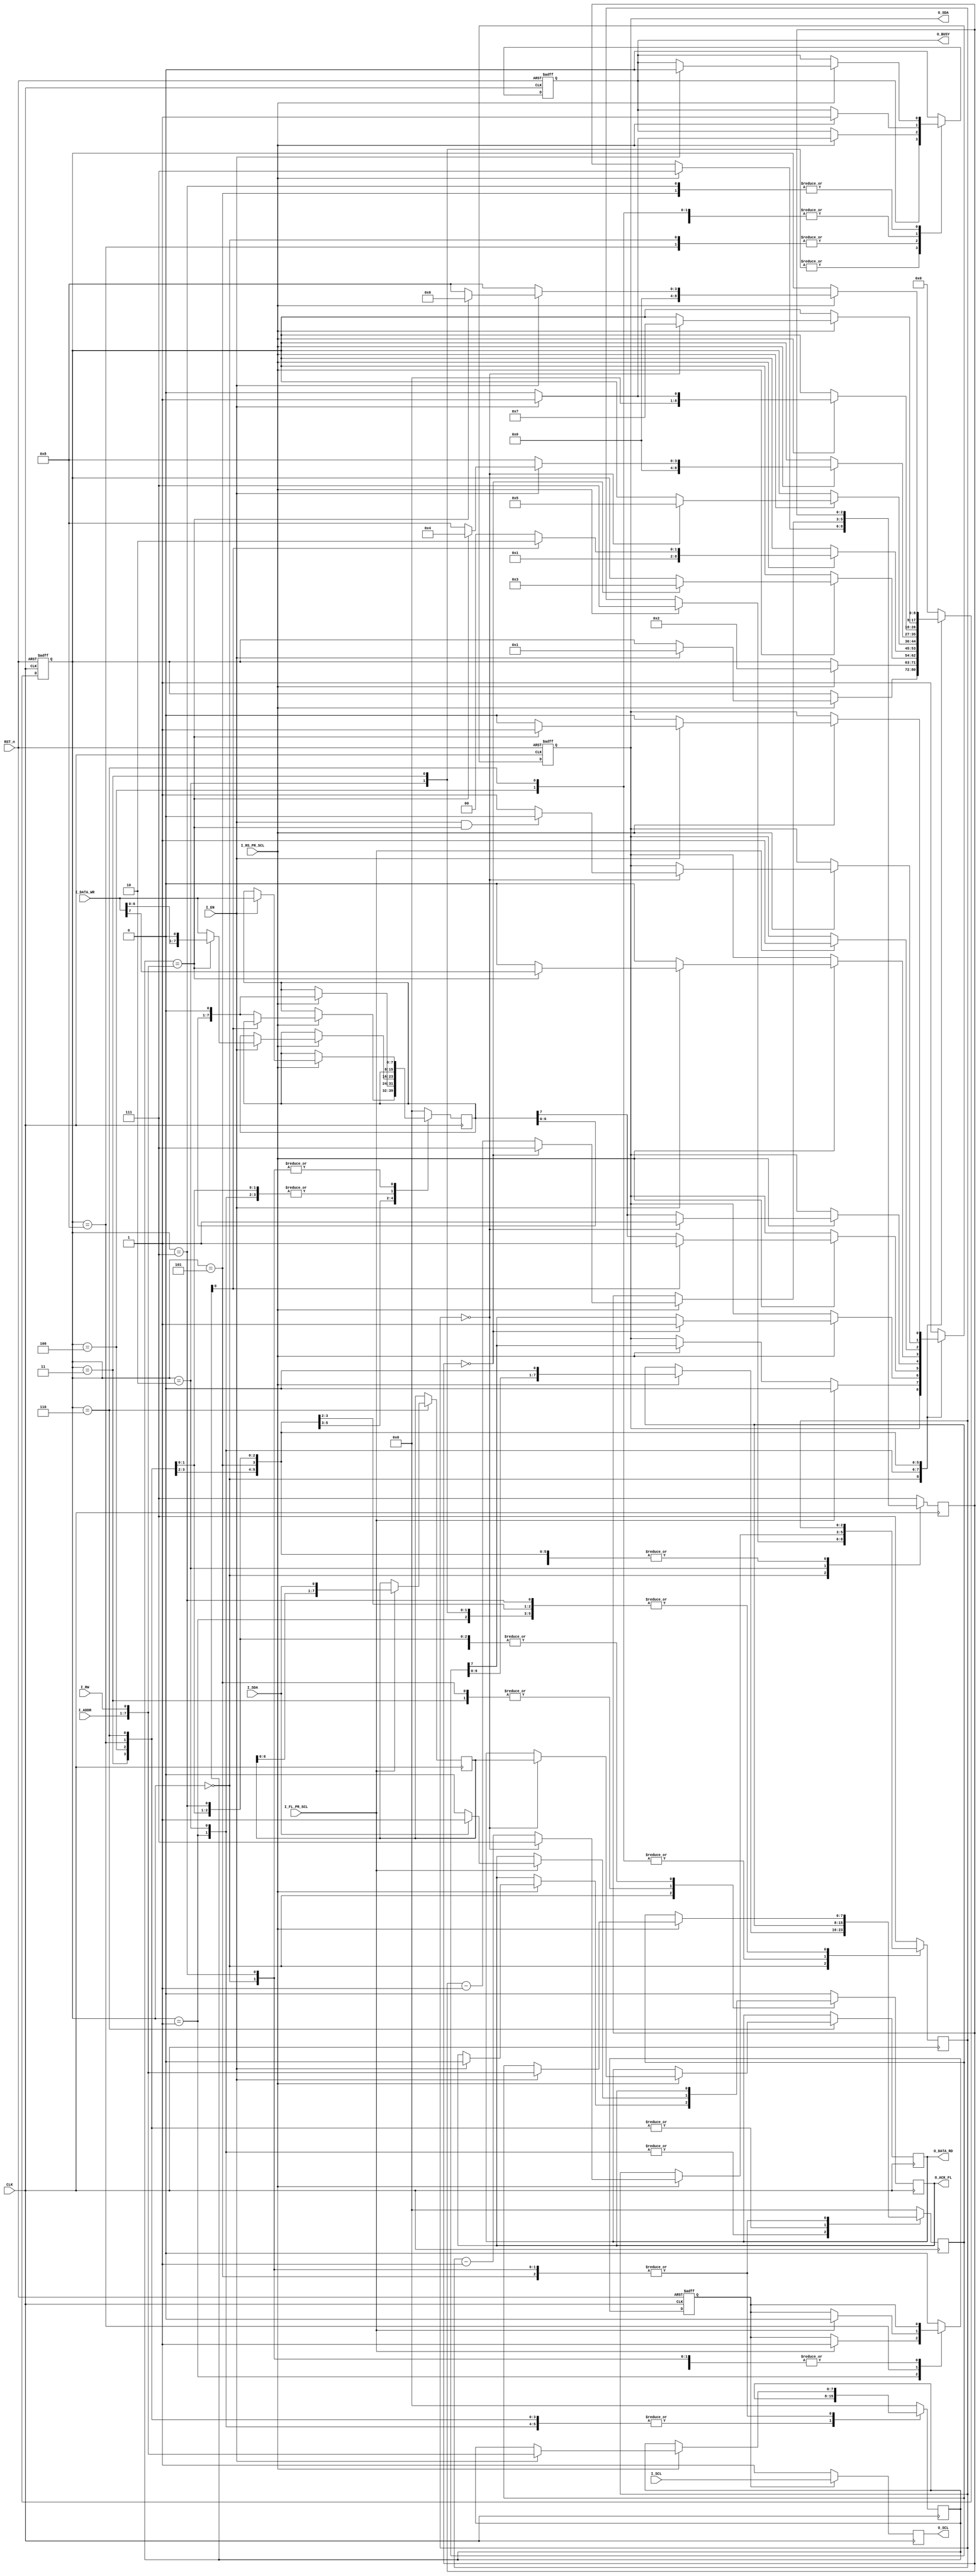
module i2c_fsm
    #(parameter ADDR_SZ = 7,           // address widht
      parameter COMM_SZ = ADDR_SZ + 1, // command widht
      parameter DATA_SZ = 8)           // data widht              
    (CLK, RST_n, I_SCL, I_RS_PR_SCL, I_FL_PR_SCL, I_EN, I_ADDR, I_RW, I_DATA_WR, I_SDA, 
     O_DATA_RD, O_ACK_FL, O_BUSY, 
     O_SCL, O_SDA);
     

//--------------------------------------------------------------------------      
    localparam CNT_BIT_COMM_SZ = $clog2(COMM_SZ); // command bit counter widht
    localparam CNT_BIT_DATA_SZ = $clog2(DATA_SZ); // data bit counter widht   
//  description states FSM
    localparam ST_SZ    = 9; // number of states FSM
    (* syn_encoding = "one-hot" *) reg [ST_SZ-1:0] st; // current state of FSM
    localparam IDLE     = 0; // default state
    localparam START    = 1; // I2C bus start 
    localparam COMM_SLV = 2; // trasmitter command to slave
    localparam ACK_COMM = 3; // acknowledge bit command from slave
    localparam WR       = 4; // writing data from master to slave
    localparam ACK_DATA = 5; // acknowledge bit data from slave 
    localparam RD       = 6; // reading data from slave to master
    localparam MSTR_ACK = 7; // acknowledge bit data from master                   
    localparam STOP     = 8; // I2C bus stop     
//  input signals
    input wire               CLK;         // clock 50 MHz
    input wire               RST_n;       // asynchronous reset_n
    input wire               I_SCL;       // serial clock from i2c_clk_div
    input wire               I_RS_PR_SCL; // rising edge o_prev_scl for sda
    input wire               I_FL_PR_SCL; // falling edge o_prev_scl for sda      
    input wire               I_EN;        // I2C bus enable signal from cpu
    input wire [ADDR_SZ-1:0] I_ADDR;      // address of slave
    input wire               I_RW;        // read or write command   
    input wire [DATA_SZ-1:0] I_DATA_WR;   // data to write to the slave
    input wire               I_SDA;       // serial data from slave
//  output signals
    output reg [DATA_SZ-1:0] O_DATA_RD; // readed data from the slave 
    output reg               O_ACK_FL;  // flag in case of error
    output reg               O_BUSY;    // master busy signal
    output reg               O_SCL;     // serial clock  I2C bus
    output reg               O_SDA;     // serial data I2C bus to slave
//  internal signals 
    reg [ST_SZ-1:0]           nx_st;           // next state of FSM 
    reg [COMM_SZ-1:0]         comm_slv;        // latched address and read/write
    reg [COMM_SZ-1:0]         nx_comm_slv;     // next latched address and read/write 
    reg [COMM_SZ-1:0]         sh_reg;          // shift reg
    reg [COMM_SZ-1:0]         nx_sh_reg;       // shift reg
    reg [DATA_SZ-1:0]         data_wr;         // latched data for writing to slave
    reg [DATA_SZ-1:0]         nx_data_wr;      // next latched data for writing to slave 
    reg                       data_o_sda;      // data for SDA transmitting 
    reg                       nx_data_o_sda;   // next data for SDA transmitting
    wire                      nx_o_scl;        // next serial clock  I2C bus
    reg [CNT_BIT_COMM_SZ-1:0] cnt_bit_comm;    // command bit counter
    reg [CNT_BIT_COMM_SZ-1:0] nx_cnt_bit_comm; // next command bit counter
    reg [CNT_BIT_DATA_SZ-1:0] cnt_bit_data;    // data bit counter
    reg [CNT_BIT_DATA_SZ-1:0] nx_cnt_bit_data; // next data bit counter
    reg                       en_o_scl;        // enables I_SCL to output in I2C bus
    reg                       nx_en_o_scl;     // next enables I_SCL to output in I2C bus
    reg [DATA_SZ-1:0]         nx_o_data_rd;    // next reading data from the slave
    reg [DATA_SZ-1:0]         buff_rd;         // slave data buffer
    reg [DATA_SZ-1:0]         nx_buff_rd;      // slave data buffer
    reg                       nx_o_ack_fl;     // next flag acknowledge from slave (if hight, error)
    reg                       nx_o_busy;       // next master busy signal    
    
//  determining next state of FSM and signals
    assign nx_o_scl = (en_o_scl) ? I_SCL : 1'b1;
    always @(*) begin
      nx_st = st;
      nx_data_o_sda = O_SDA;
      nx_o_busy = O_BUSY;
      nx_o_ack_fl = O_ACK_FL;
      nx_o_data_rd = O_DATA_RD;
      nx_comm_slv = comm_slv;
      nx_sh_reg = sh_reg;
      nx_data_wr = data_wr;  
      nx_cnt_bit_comm = cnt_bit_comm;
      nx_cnt_bit_data = cnt_bit_data;         
      nx_en_o_scl = en_o_scl;
      nx_buff_rd = buff_rd;   
      begin
        case (st)    
            IDLE     : begin
                         if (I_RS_PR_SCL)
                           begin
                             nx_o_busy = 1'b0;
                             nx_cnt_bit_comm = COMM_SZ - 1'b1;
                             nx_cnt_bit_data = DATA_SZ - 1'b1;
                             if (I_EN)
                               begin
                                 nx_o_busy = 1'b1;
                                 nx_o_ack_fl = 1'b0;
                                 nx_comm_slv = {I_ADDR, I_RW};
                                 nx_sh_reg = {I_ADDR, I_RW};
                                 nx_data_wr = I_DATA_WR;
                                 nx_st = START;
                              end
                           end
                       end
            START    : begin   
                         if (I_RS_PR_SCL)
                           begin
                             nx_o_busy = 1'b1;
                             nx_data_o_sda = sh_reg[COMM_SZ-1];
                             nx_sh_reg = {sh_reg[COMM_SZ-2:0], 1'b0};
                             nx_st = COMM_SLV;
                           end
                         if (I_FL_PR_SCL)
                           begin
                             nx_data_o_sda = 1'b0;
                             nx_en_o_scl = 1'b1;                                
                           end
                       end
            COMM_SLV : begin  
                         if (I_RS_PR_SCL)
                           begin
                             nx_data_o_sda = sh_reg[COMM_SZ-1];
                             nx_sh_reg = {sh_reg[COMM_SZ-2:0], 1'b0};
                             nx_cnt_bit_comm = cnt_bit_comm - 1'b1;
                             if (&(!cnt_bit_comm))
                               begin
                                 nx_cnt_bit_comm = COMM_SZ - 1'b1;
                                 nx_data_o_sda = 1'b1;                        
                                 nx_st = ACK_COMM;
                               end
                           end
                       end
            ACK_COMM : begin
                         if (I_RS_PR_SCL)
                           begin
                             if (!comm_slv[0])
                               begin
                                 nx_data_o_sda = data_wr[DATA_SZ-1];
                                 nx_data_wr = {data_wr[DATA_SZ-2:0], 1'b0};
                                 nx_st = WR;
                               end
                             else
                               begin
                                 nx_data_o_sda = 1'b1;
                                 nx_st = RD;
                               end   
                           end
                         if (I_FL_PR_SCL)
                           begin
                             if(I_SDA) 
                               nx_o_ack_fl = 1'b1;
                             else
                               nx_o_ack_fl = 1'b0;                                
                           end
                       end
            WR       : begin
                         if (I_RS_PR_SCL)
                           begin
                             nx_o_busy = 1'b1;                    
                             nx_cnt_bit_data = cnt_bit_data - 1'b1;
                             nx_data_wr = {data_wr[DATA_SZ-2:0], 1'b0};
                             nx_data_o_sda = data_wr[DATA_SZ-1];
                             if (&(!cnt_bit_data))
                               begin
                                 nx_cnt_bit_data = DATA_SZ - 1'b1;
                                 nx_data_o_sda = 1'b1;                        
                                 nx_st = ACK_DATA;
                               end
                           end
                       end
            ACK_DATA : begin
                         if (I_RS_PR_SCL)
                           begin
                             if (I_EN)
                               begin
                                 nx_o_busy = 1'b0;
                                 nx_comm_slv = {I_ADDR, I_RW};
                                 nx_sh_reg = {I_ADDR, I_RW};
                                 if (comm_slv == {I_ADDR, I_RW})
                                   begin
                                     nx_data_o_sda = I_DATA_WR[DATA_SZ-1];
                                     nx_data_wr = {I_DATA_WR[DATA_SZ-2:0], 1'b0};
                                     nx_st = WR;   
                                   end
                                 else
                                   begin
                                     nx_data_o_sda = 1'b0;                                               
                                     nx_data_wr = I_DATA_WR;
                                     nx_st = STOP;
                                   end  
                               end
                             else
                               begin
                                 nx_data_o_sda = 1'b0;                   
                                 nx_st = STOP;
                               end
                           end
                         if (I_FL_PR_SCL)
                           begin
                             if(I_SDA) 
                               nx_o_ack_fl = 1'b1;
                             else
                               nx_o_ack_fl = 1'b0;                                   
                           end
                       end
            STOP     : begin
                         if (I_RS_PR_SCL)
                           begin
                             if (I_EN)
                               begin
                                 nx_o_busy = 1'b1;
                                 nx_st = START;
                               end
                             else
                               begin  
                                 nx_o_busy = 1'b0;
                                 nx_st = IDLE;
                               end
                           end
                         if (I_FL_PR_SCL)
                           begin
                             nx_data_o_sda = 1'b1;
                             nx_en_o_scl = 1'b0;                               
                           end
                       end
            RD       : begin
                         if (I_RS_PR_SCL)
                           begin
                             nx_o_busy = 1'b1;
                             nx_cnt_bit_data = cnt_bit_data - 1'b1;
                             if (&(!cnt_bit_data))
                               begin
                                 nx_cnt_bit_data = DATA_SZ - 1'b1;
                                 nx_o_data_rd = buff_rd;
                                 nx_st = MSTR_ACK;
                                 if (I_EN && (comm_slv == {I_ADDR, I_RW}))
                                   nx_data_o_sda = 1'b0;
                                 else 
                                   nx_data_o_sda = 1'b1;                    
                               end
                          end
                         if (I_FL_PR_SCL)
                           begin
                             nx_buff_rd = {buff_rd[DATA_SZ-2:0], I_SDA};                               
                           end
                       end                          
            MSTR_ACK : begin
                         if (I_RS_PR_SCL)
                           begin
                             if (I_EN)
                               begin
                                 nx_o_busy = 1'b0;
                                 nx_comm_slv = {I_ADDR, I_RW};
                                 nx_data_wr = I_DATA_WR;
                                 nx_sh_reg = {I_ADDR, I_RW};
                                 if (comm_slv == {I_ADDR, I_RW})
                                   begin
                                     nx_data_o_sda = 1'b1;
                                     nx_st = RD;
                                   end
                                 else
                                   begin 
                                     nx_data_o_sda = 1'b0;
                                     nx_st = STOP;
                                   end         
                               end
                             else
                               begin
                                 nx_data_o_sda = 1'b0;
                                 nx_st = STOP;
                               end  
                           end
                       end
            default  : begin
                         nx_st = IDLE;
                         nx_data_o_sda = 1'b1;
                         nx_o_busy = 1'b0;
                         nx_o_ack_fl = 1'b0;
                         nx_comm_slv = {COMM_SZ{1'b0}};
                         nx_sh_reg = {COMM_SZ{1'b0}};
                         nx_data_wr = {DATA_SZ{1'b0}};
                         nx_cnt_bit_comm = COMM_SZ - 1'b1;
                         nx_cnt_bit_data = DATA_SZ - 1'b1;
                         nx_en_o_scl = 1'b0;
                       end 
        endcase
      end
    end

//  latching the next state of FSM and signals, every clock
    always @(posedge CLK or negedge RST_n) begin
      if (!RST_n) 
        begin
          st       <= IDLE;
          O_SDA    <= 1'b1;
          O_BUSY   <= 1'b0;			 
          en_o_scl <= 1'b0;
        end
      else 
        begin
          st       <= nx_st;
          O_SDA    <= nx_data_o_sda; 
          O_BUSY   <= nx_o_busy;          
          en_o_scl <= nx_en_o_scl;
        end
    end
    always @(posedge CLK) begin
      O_SCL        <= nx_o_scl;   
      O_ACK_FL     <= nx_o_ack_fl;
      O_DATA_RD    <= nx_o_data_rd;
      comm_slv     <= nx_comm_slv;
      sh_reg       <= nx_sh_reg;
      data_wr      <= nx_data_wr;
      cnt_bit_comm <= nx_cnt_bit_comm;
      cnt_bit_data <= nx_cnt_bit_data;
      buff_rd      <= nx_buff_rd;
    end


endmodule